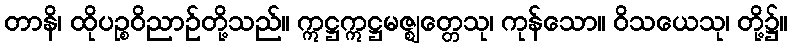
တာနိ၊ ထိုပဉ္စဝိညာဉ်တို့သည်။ ဣဋ္ဌဣဋ္ဌမဇ္ဈတ္တေသု၊ ကုန်သော။ ဝိသယေသု၊ တို့၌။